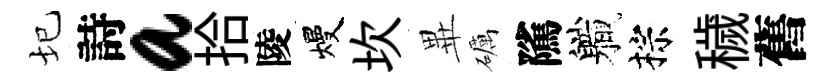
圮詩a拾陵熳坎𭺾礪隲軄棕穢舊